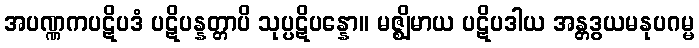
အပဏ္ဏကပဋိပဒံ ပဋိပန္နတ္တာပိ သုပ္ပဋိပန္နော။ မဇ္ဈိမာယ ပဋိပဒါယ အန္တဒွယမနုပဂမ္မ